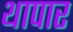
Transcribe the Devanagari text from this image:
थापार